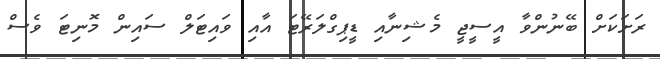
ރަށަކަށް ބޭނުންވާ އީސީޖީ މެޝިނާއި ޑީޕިގްލަރޭޓަ އާއި ވައިޓަލް ސައިން މޮނިޓަ ވެސް